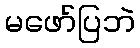
မဖော်ပြဘဲ